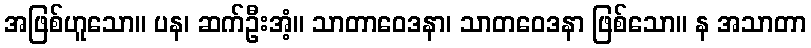
အဖြစ်ဟူသော။ ပန၊ ဆက်ဦးအံ့။ သာတာဝေဒနာ၊ သာတဝေဒနာ ဖြစ်သော။ န အသာတာ